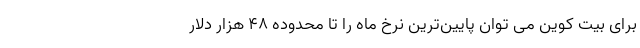
برای بیت کوین می توان پایین‌ترین نرخ ماه را تا محدوده 48 هزار دلار